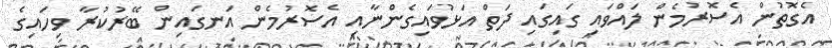
އެގޮތުން އެސޮރުމެން ލައްވައި ގައިގައި ދަތް އަޅުވައިގެންނާއި އެސޮރުމެން އަނގައިން ބޭރުކުރާ ވިހައިގެ